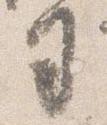
司